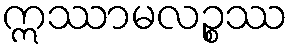
ဣဿာမလဉ္စဿ